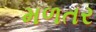
મળતર